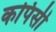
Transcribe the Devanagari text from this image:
कपिसी